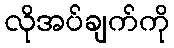
လိုအပ်ချက်ကို